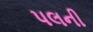
પલની